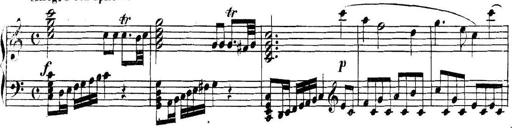
Title: Collected Piano Sonatas
Composer: Muzio Clementi